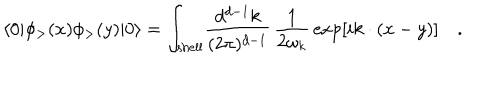
\langle 0 | \phi _ { > } ( x ) \phi _ { > } ( y ) | 0 \rangle = \int _ { \mathrm { s h e l l } } \! { \frac { d ^ { d - 1 } k } { ( 2 \pi ) ^ { d - 1 } } } \, { \frac { 1 } { 2 \omega _ { k } } } \exp [ i k \cdot ( x - y ) ] \quad .